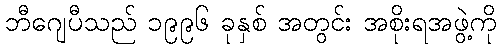
ဘီဂျေပီသည် ၁၉၉၆ ခုနှစ် အတွင်း အစိုးရအဖွဲ့ကို